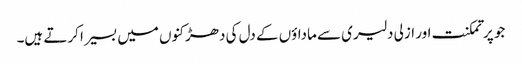
جو پر تمکنت اور ازلی دلیری سے ماداؤں کے دل کی دھڑکنوں میں بسیرا کرتے ہیں۔